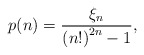
\begin{align*}p(n) = \frac{\displaystyle \xi_n}{\displaystyle \left( n! \right)^{2n} -1} ,\end{align*}